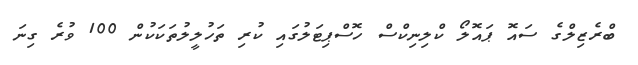
ބްރެޒިލްގެ ސައޮ ޕައޮލޯ ކްލިނިކްސް ހޮސްޕިޓަލުގައި ކުރި ތަހުލީލުތަކަކުން 100 ވުރެ ގިނަ